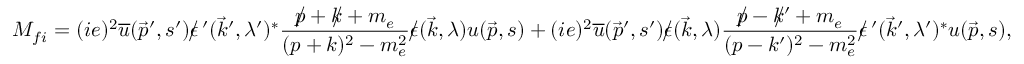
M _ { f i } = ( i e ) ^ { 2 } { \overline { { u } } } ( { \vec { p } } ^ { \prime } , s ^ { \prime } ) \epsilon \! \! \! / \, ^ { \prime } ( { \vec { k } } ^ { \prime } , \lambda ^ { \prime } ) ^ { * } { \frac { p \! \! \! / + k \! \! \! / + m _ { e } } { ( p + k ) ^ { 2 } - m _ { e } ^ { 2 } } } \epsilon \! \! \! / ( { \vec { k } } , \lambda ) u ( { \vec { p } } , s ) + ( i e ) ^ { 2 } { \overline { { u } } } ( { \vec { p } } ^ { \prime } , s ^ { \prime } ) \epsilon \! \! \! / ( { \vec { k } } , \lambda ) { \frac { p \! \! \! / - k \! \! \! / ^ { \prime } + m _ { e } } { ( p - k ^ { \prime } ) ^ { 2 } - m _ { e } ^ { 2 } } } \epsilon \! \! \! / \, ^ { \prime } ( { \vec { k } } ^ { \prime } , \lambda ^ { \prime } ) ^ { * } u ( { \vec { p } } , s ) ,